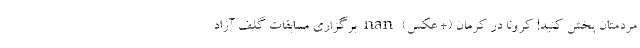
مردمتان پخش کنید! کرونا در کرمان (+ عکس) nan برگزاری مسابقات گلف آزاد